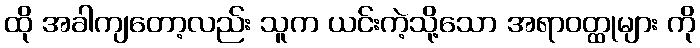
ထို အခါကျတော့လည်း သူက ယင်းကဲ့သို့သော အရာဝတ္ထုများ ကို